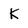
Character: K